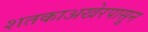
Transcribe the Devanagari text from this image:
शतकाअखेरपासून